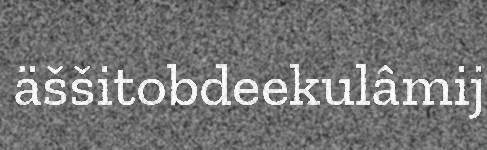
äššitobdeekulâmij